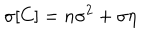
\sigma [ C ] = n \sigma ^ { 2 } + \sigma \eta